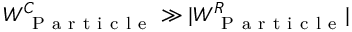
W _ { \mathrm { ~ P ~ a ~ r ~ t ~ i ~ c ~ l ~ e ~ } } ^ { C } \gg | W _ { \mathrm { ~ P ~ a ~ r ~ t ~ i ~ c ~ l ~ e ~ } } ^ { R } |